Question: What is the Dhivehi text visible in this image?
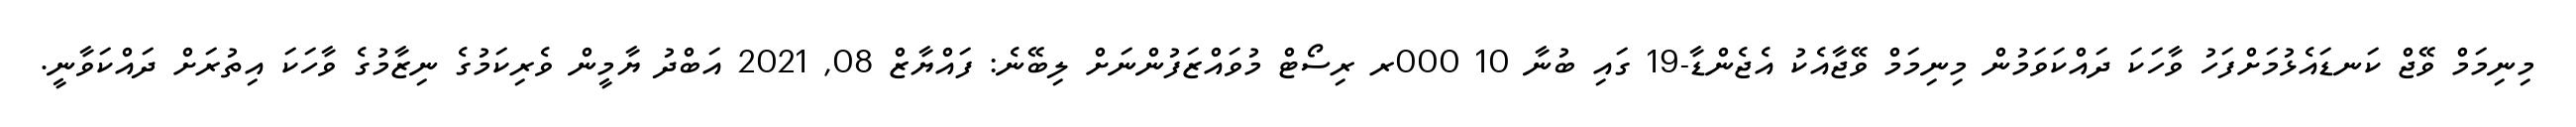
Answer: މިނިމަމް ވޭޖް ކަނޑައެޅުމަށްފަހު ވާހަކަ ދައްކަވަމުން މިނިމަމް ވޭޖާއެކު އެޖެންޑާ-19 ގައި ބުނާ 10 000ރ ރިސޯޓް މުވައްޒަފުންނަށް ލިބޭނެ: ފައްޔާޒް 08, 2021 އަބްދު ޔާމީން ވެރިކަމުގެ ނިޒާމުގެ ވާހަކަ އިތުރަށް ދައްކަވާނީ.